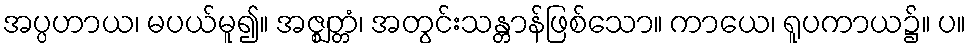
အပ္ပဟာယ၊ မပယ်မူ၍။ အဇ္ဈတ္တံ၊ အတွင်းသန္တာန်ဖြစ်သော။ ကာယေ၊ ရူပကာယ၌။ ပ။